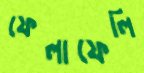
ফেলাফেলি